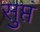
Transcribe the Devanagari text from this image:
सुप्तं